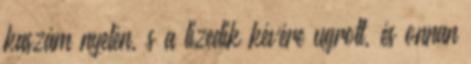
kaszám nyelén, s a tizedik kévére ugrott, és onnan